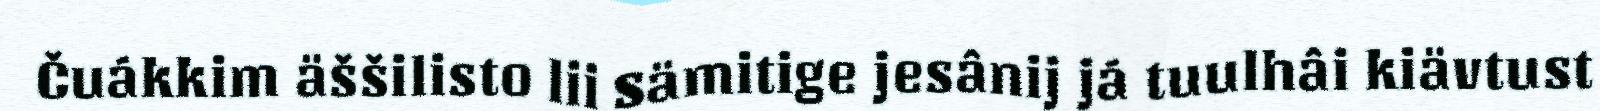
Čuákkim äššilisto lii Sämitige jesânij já tuulhâi kiävtust